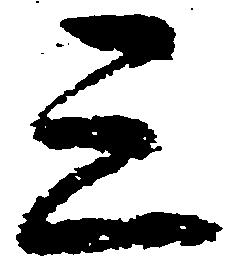
三